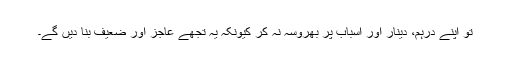
تو اپنے درہم، دینار اور اسباب پر بھروسہ نہ کر کیونکہ یہ تجھے عاجز اور ضعیف بنا دیں گے۔